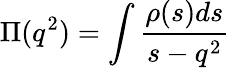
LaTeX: \Pi(q^{2})=\int\frac{\rho(s)ds}{s-q^{2}}